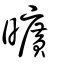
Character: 曠